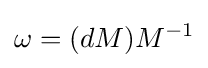
\omega =(dM)M^{-1}